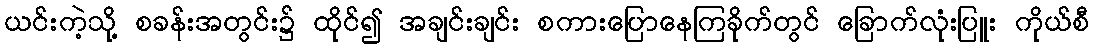
ယင်းကဲ့သို့ စခန်းအတွင်း၌ ထိုင်၍ အချင်းချင်း စကားပြောနေကြခိုက်တွင် ခြောက်လုံးပြူး ကိုယ်စီ